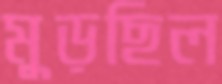
মুড়ছিল